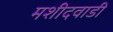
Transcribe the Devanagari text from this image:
मशीदवाडी